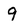
Character: 9